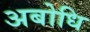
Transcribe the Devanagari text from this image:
अबोधि